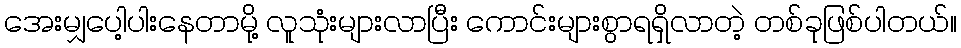
အေးမျှပေါ့ပါးနေတာမို့ လူသုံးများလာပြီး ကောင်းများစွာရရှိလာတဲ့ တစ်ခုဖြစ်ပါတယ်။